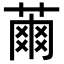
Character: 𦹚